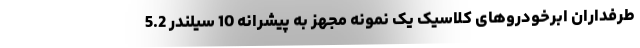
طرفداران ابرخودروهای کلاسیک یک نمونه مجهز به پیشرانه 10 سیلندر 5.2